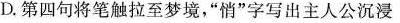
D.第四句将笔触拉至梦境，”悄”字写出主人公沉浸